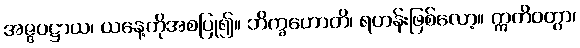
အဇ္ဇပဋ္ဌာယ၊ ယနေ့ကိုအစပြု၍။ ဘိက္ခဟောတိ၊ ရဟန်းဖြစ်လော့။ ဣတိဝတွာ၊